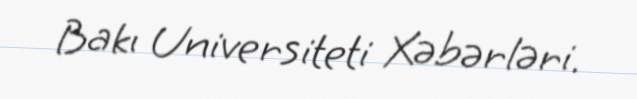
Bakı Universiteti Xəbərləri.